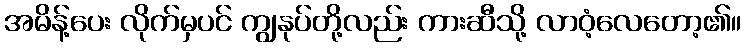
အမိန့်ပေး လိုက်မှပင် ကျွနုပ်တို့လည်း ကားဆီသို့ လာဝံ့လေတော့၏။